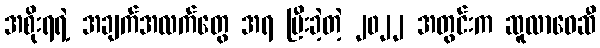
အစိုးရရဲ့ အချက်အလက်တွေ အရ ပြီးခဲ့တဲ့ ၂၀၂၂ အတွင်းက ဆူလာဝေဆီ